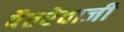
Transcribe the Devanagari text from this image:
पैतरेवाजी